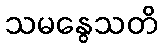
သမနွေသတိ